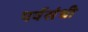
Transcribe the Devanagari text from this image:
पर्वसंधी